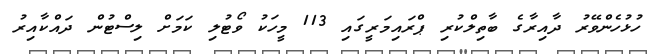
ހުޅުހެންވޭރު ދާއިރާގެ ބާތިލްކުރި ޕްރައިމަރީގައި 113 މީހަކު ވޯޓުލި ކަމަށް ލިސްޓުން ދައްކާއިރު